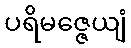
ပရိမဇ္ဇေယျံ